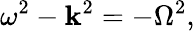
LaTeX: \omega^{2}-\mathbf{k}^{2}=-\Omega^{2},